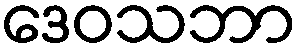
ဒေဝသဘာ